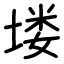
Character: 𪣻